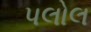
પલોલ